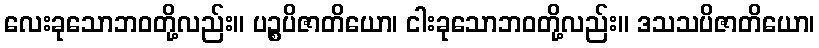
လေးခုသောဘဝတို့လည်း။ ပဉ္စပိဇာတိယော၊ ငါးခုသောဘဝတို့လည်း။ ဒသသပိဇာတိယော၊